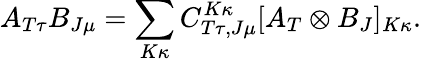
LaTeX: A_{T\tau}B_{J\mu}=\sum_{K\kappa}C_{T\tau,J\mu}^{K\kappa}[A_{T}\otimes B_{J}]_{K\kappa}.